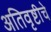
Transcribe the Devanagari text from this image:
अतिवृष्टीचे